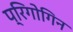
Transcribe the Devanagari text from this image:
प्रिगोगिन